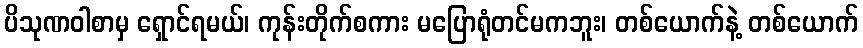
ပိသုဏဝါစာမှ ရှောင်ရမယ်၊ ကုန်းတိုက်စကား မပြောရုံတင်မကဘူး၊ တစ်ယောက်နဲ့ တစ်ယောက်